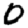
Digit: 0